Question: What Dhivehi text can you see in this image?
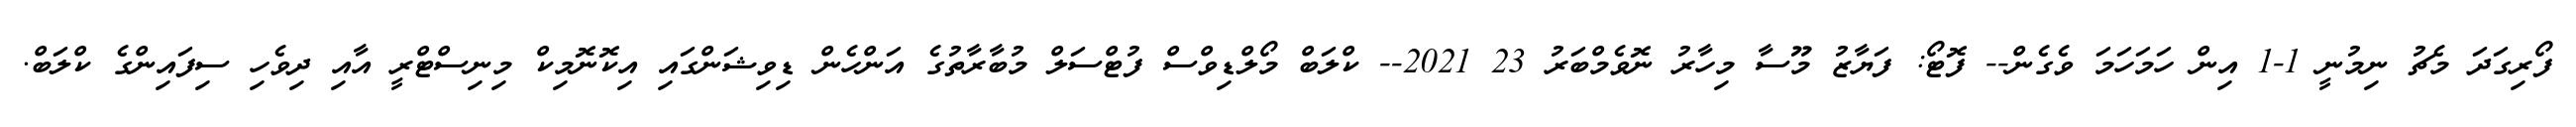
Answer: ފޯރިގަދަ މެޗު ނިމުނީ 1-1 އިން ހަމަހަމަ ވެގެން-- ފޮޓޯ: ފަޔާޒު މޫސާ މިހާރު ނޮވެމްބަރު 23 2021-- ކްލަބް މޯލްޑިވްސް ފުޓްސަލް މުބާރާތުގެ އަންހެން ޑިވިޝަންގައި އިކޮނޮމިކް މިނިސްޓްރީ އާއި ދިވެހި ސިފައިންގެ ކްލަބް.